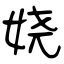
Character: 娆